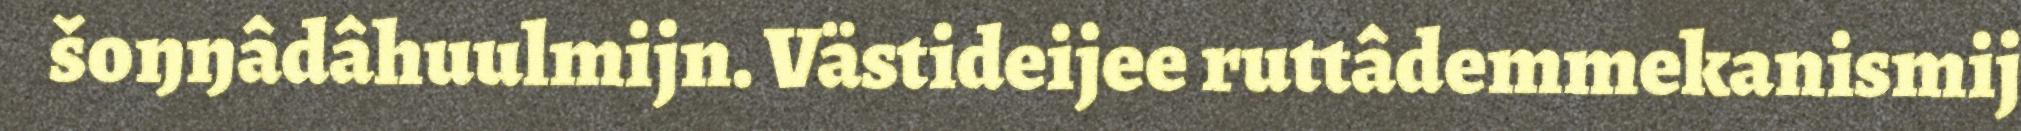
šoŋŋâdâhuulmijn. Västideijee ruttâdemmekanismij